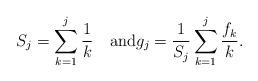
LaTeX: \begin{align*}S_j=\sum_{k=1}^j\frac{1}{k}\quad\mbox{and}g_j=\frac{1}{S_j}\sum_{k=1}^j\frac{f_k}{k}.\end{align*}